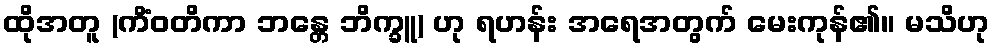
ထိုအတူ (ကိံဝတိကာ ဘန္တေ ဘိက္ခူ) ဟု ရဟန်း အရေအတွက် မေးကုန်၏။ မသိဟု